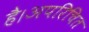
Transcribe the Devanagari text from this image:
है।अपरिचित